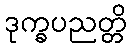
ဒုက္ခပညတ္တိ